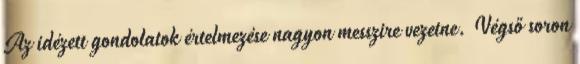
Az idézett gondolatok értelmezése nagyon messzire vezetne. Végső soron